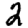
Digit: 2